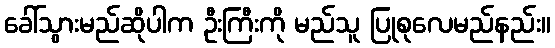
ခေါ်သွားမည်ဆိုပါက ဦးကြီးကို မည်သူ ပြုစုလေမည်နည်း။